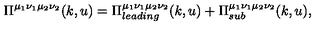
\Pi ^ { \mu _ { 1 } \nu _ { 1 } \mu _ { 2 } \nu _ { 2 } } ( k , u ) = \Pi _ { l e a d i n g } ^ { \mu _ { 1 } \nu _ { 1 } \mu _ { 2 } \nu _ { 2 } } ( k , u ) + \Pi _ { s u b } ^ { \mu _ { 1 } \nu _ { 1 } \mu _ { 2 } \nu _ { 2 } } ( k , u ) ,